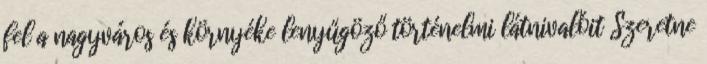
fel a nagyváros és környéke lenyűgöző történelmi látnivalóit Szeretne